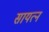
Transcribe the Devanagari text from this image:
सायत्न